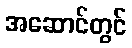
အဆောင်တွင်